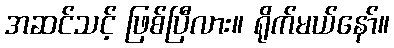
အဆင်သင့် ဖြစ်ပြီလား။ ရိုက်မယ်နော်။